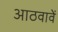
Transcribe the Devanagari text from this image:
आठवावें